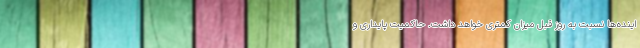
اینده‌ها نسبت به روز قبل میزان کمتری خواهد داشت. حاکمیت پایداری و